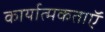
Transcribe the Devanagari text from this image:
कार्यात्मकताऍ